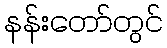
နန်းတော်တွင်